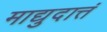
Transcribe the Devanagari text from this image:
माद्युदात्तं